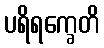
ပရိရက္ခေတိ